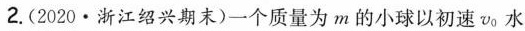
2.(2020 \cdot 浙江绍兴期末)一个质量为m的小球以初速V_{0}水